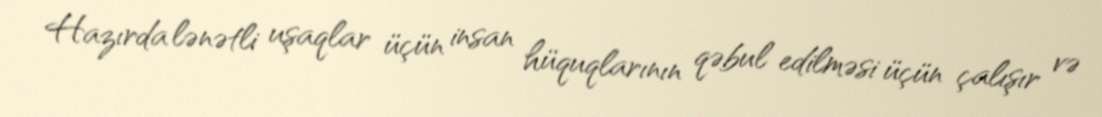
Hazırda lənətli uşaqlar üçün insan hüquqlarının qəbul edilməsi üçün çalışır və